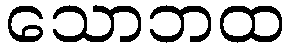
သောဘထ